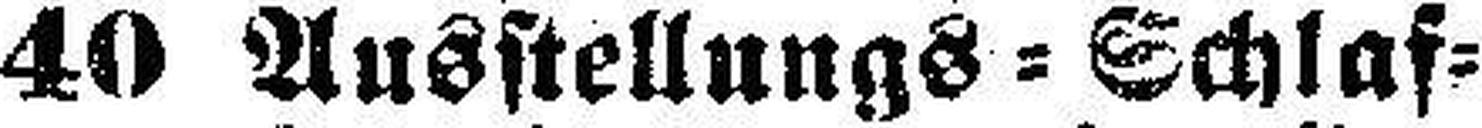
40 Ausstellungs=Schlaf=